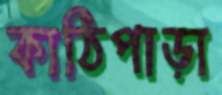
কাঠিপাড়া